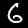
Label: 6